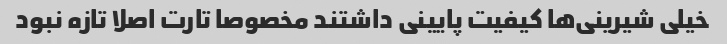
خیلی شیرینی‌ها کیفیت پایینی داشتند مخصوصا تارت اصلا تازه نبود